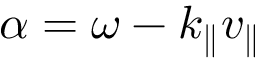
\alpha = \omega - k _ { \parallel } v _ { \parallel }